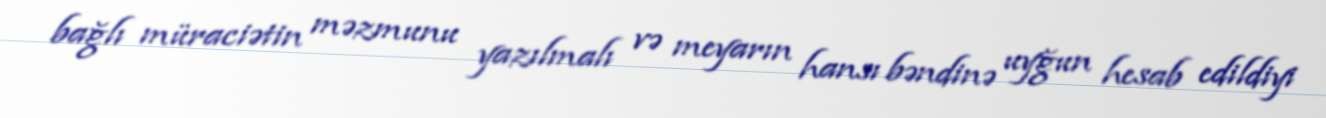
bağlı müraciətin məzmunu yazılmalı və meyarın hansı bəndinə uyğun hesab edildiyi